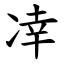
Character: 㓑